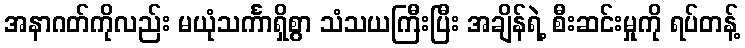
အနာဂတ်ကိုလည်း မယုံသင်္ကာရှိစွာ သံသယကြီးပြီး အချိန်ရဲ့ စီးဆင်းမှုကို ရပ်တန့်